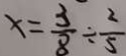
x = \frac { 3 } { 8 } \div \frac { 2 } { 5 }